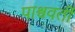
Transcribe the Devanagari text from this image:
पाश्र्ववर्ती